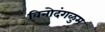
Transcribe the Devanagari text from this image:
विनोदंगळुम